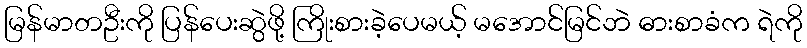
မြန်မာတဦးကို ပြန်ပေးဆွဲဖို့ ကြိုးစားခဲ့ပေမယ့် မအောင်မြင်ဘဲ ဓားစာခံက ရဲကို